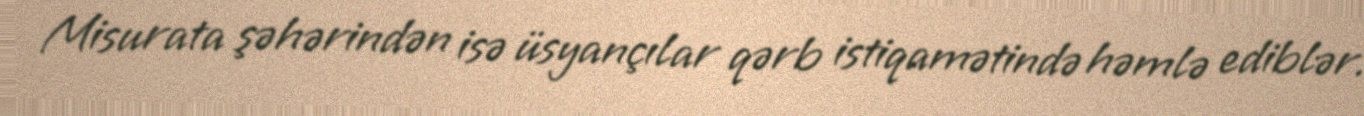
Misurata şəhərindən isə üsyançılar qərb istiqamətində həmlə ediblər.